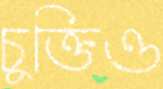
চুক্তিও